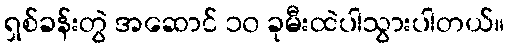
ရှစ်ခန်းတွဲ အဆောင် ၁၀ ခုမီးထဲပါသွားပါတယ်။